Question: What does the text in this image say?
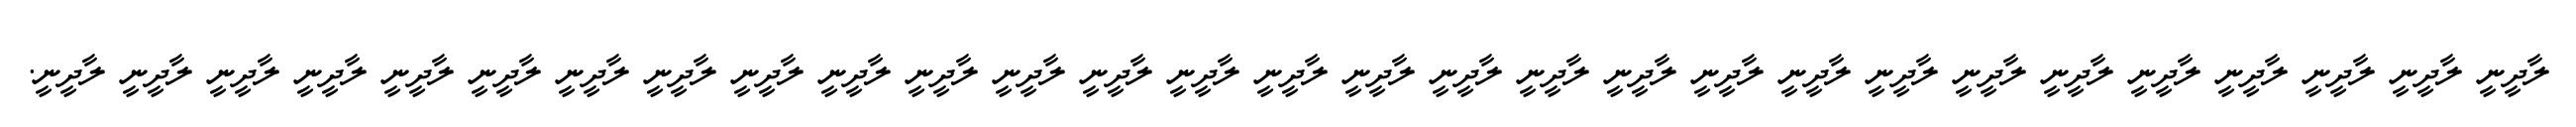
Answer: ލާދީނީ ލާދީނީ ލާދީނީ ލާދީނީ ލާދީނީ ލާދީނީ ލާދީނީ ލާދީނީ ލާދީނީ ލާދީނީ ލާދީނީ ލާދީނީ ލާދީނީ ލާދީނީ ލާދީނީ ލާދީނީ ލާދީނީ ލާދީނީ ލާދީނީ ލާދީނީ ލާދީނީ ލާދީނީ ލާދީނީ ލާދީނީ ލާދީނީ ލާދީނީ ލާދީނީ ލާދީނީ ލާދީނީ.